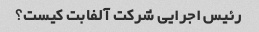
رئیس اجرایی شرکت آلفابت کیست؟